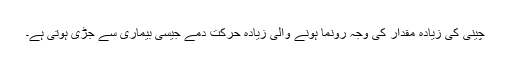
چینی کی زیادہ مقدار کی وجہ رونما ہونے والی زیادہ حرکت دمے جیسی بیماری سے جڑی ہوتی ہے۔